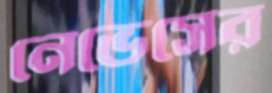
নেভেসের